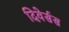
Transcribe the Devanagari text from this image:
दिवेर्सस